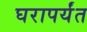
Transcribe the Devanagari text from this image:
घरापर्यंत